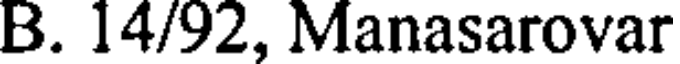
B. 14/92, Manasarovar